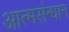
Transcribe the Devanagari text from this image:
आत्मसंन्धान